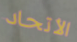
الأتحاد